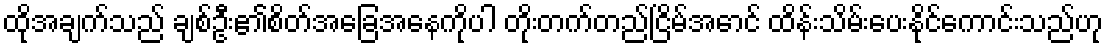
ထိုအချက်သည် ချစ်ဦး၏စိတ်အခြေအနေကိုပါ တိုးတက်တည်ငြိမ်အောင် ထိန်းသိမ်းပေးနိုင်ကောင်းသည်ဟု